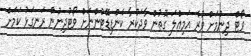
ވޯޓް ދިނުމަށް ވުރެ އަމިއްލަ ގޮތުން ވާދަކުރާ ކެންޑިޑޭޓުންނަށް ވޯޓުދިނުން ރަނގަޅު ކަމަށް